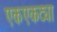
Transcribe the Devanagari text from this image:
एकएकट्या